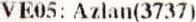
VE05: AZLAN(3737)